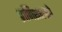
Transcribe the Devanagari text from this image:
प्राणिशास्त्राचे